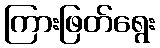
ကြားဖြတ်ရွေး